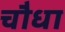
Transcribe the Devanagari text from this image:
चौधा